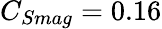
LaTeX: C_{Smag}=0.16